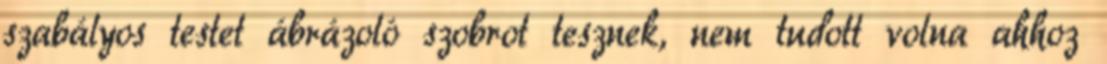
szabályos testet ábrázoló szobrot tesznek, nem tudott volna ahhoz